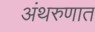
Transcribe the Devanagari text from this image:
अंथरुणात